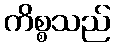
ကိစ္စသည်